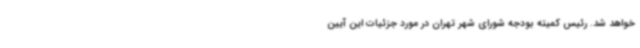
خواهد شد. رئیس کمیته بودجه شورای شهر تهران در مورد جزئیات این آیین